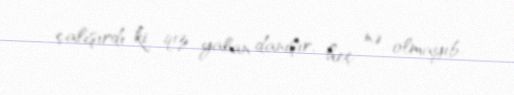
çalışırdı ki, qız yalan danışır, heç nə olmayıb.